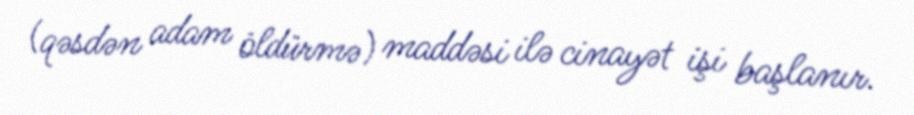
(qəsdən adam öldürmə) maddəsi ilə cinayət işi başlanır.